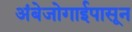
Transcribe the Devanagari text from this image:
अंबेजोगाईपासून